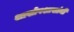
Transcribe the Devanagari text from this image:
शाखोपशाखांनी